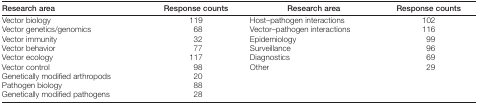
| Research area | Response counts | Research area | Response counts |
 | --- | --- | --- | --- |
 | Vector biology | 119 | Host–pathogen interactions | 102 |
 | Vector genetics/genomics | 68 | Vector–pathogen interactions | 116 |
 | Vector immunity | 32 | Epidemiology | 99 |
 | Vector behavior | 77 | Surveillance | 96 |
 | Vector ecology | 117 | Diagnostics | 69 |
 | Vector control | 98 | Other | 29 |
 | Genetically modified arthropods | 20 |  |  |
 | Pathogen biology | 88 |  |  |
 | Genetically modified pathogens | 28 |  |  |